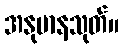
အနုမာနသုတ်။